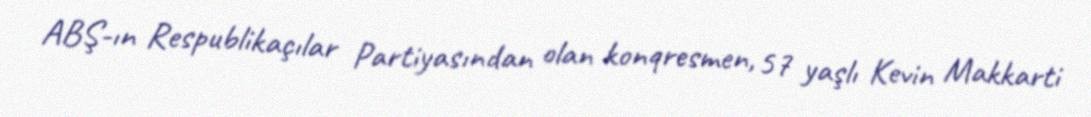
ABŞ-ın Respublikaçılar Partiyasından olan konqresmen, 57 yaşlı Kevin Makkarti